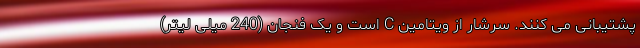
پشتیبانی می کنند. سرشار از ویتامین C است و یک فنجان (240 میلی لیتر)